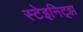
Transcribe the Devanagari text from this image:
स्टेइनिट्झ